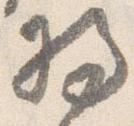
将